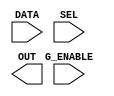
(* blackbox *) module bl_driver(G_ENABLE,
                                  DATA,
                                  SEL,
                                  OUT);
input [0:0] G_ENABLE;
input DATA;
input [0:31] SEL;
output [0:31] OUT;

endmodule